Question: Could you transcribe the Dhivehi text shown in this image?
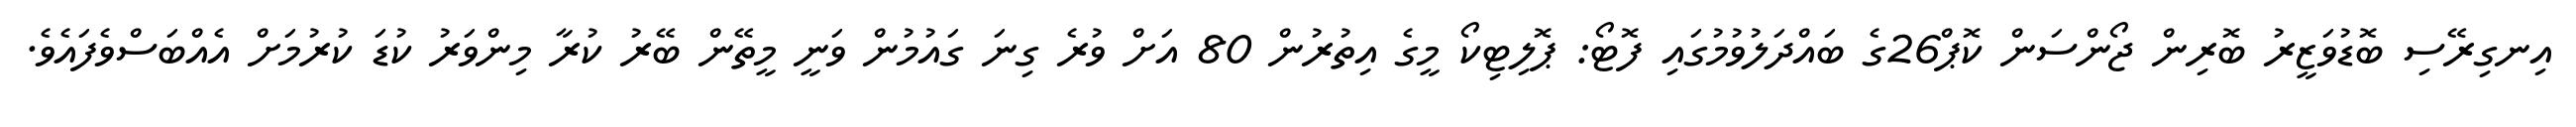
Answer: އިނގިރޭސި ބޮޑުވަޒީރު ބޮރިން ޖޯންސަން ކޮޕް26ގެ ބައްދަލުވުމުގައި ފޮޓޯ: ޕޮލިޓިކޯ މީގެ އިތުރުން 80 އަށް ވުރެ ގިނަ ގައުމުން ވަނީ މީތޭން ބޭރު ކުރާ މިންވަރު ކުޑަ ކުރުމަށް އެއްބަސްވެފައެވެ.